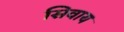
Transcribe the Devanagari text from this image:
सिवाय